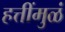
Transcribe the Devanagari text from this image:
हत्तींमुळं